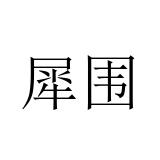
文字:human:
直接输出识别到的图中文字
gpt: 犀围